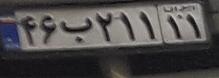
۴۶ب۲۱۱۱۱